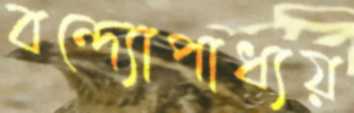
বন্দ্যোপাধ্যয়